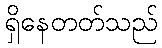
ရှိနေတတ်သည်